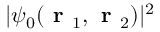
| \psi _ { 0 } ( \textbf { r } _ { 1 } , \textbf { r } _ { 2 } ) | ^ { 2 }